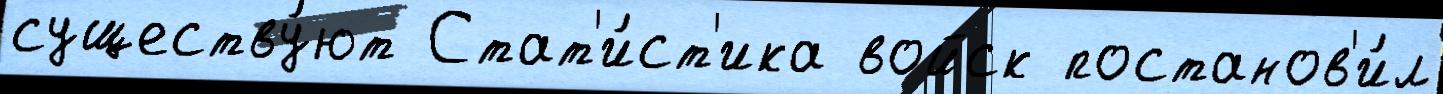
существу́ют Стат'и́ст'ика войск постанов'и́л